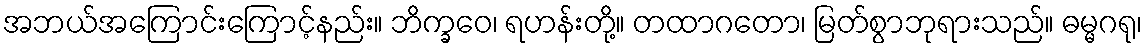
အဘယ်အကြောင်းကြောင့်နည်း။ ဘိက္ခဝေ၊ ရဟန်းတို့။ တထာဂတော၊ မြတ်စွာဘုရားသည်။ ဓမ္မဂရု၊